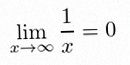
\lim_{x\to\infty}\frac{1}{x}=0